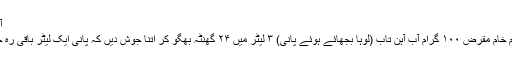
آبریشم
آبریشم خام مقرض ۱۰۰ گرام آبِ آہن تاب (لوہا بجھائے ہوئے پانی) ۳ لیٹر میں ۲۴ گھنٹہ بھگو کر اِتنا جوش دیں کہ پانی ایک لیٹر باقی رہ جائے۔